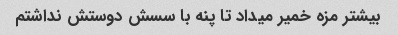
بیشتر مزه خمیر میداد تا پنه با سسش دوستش نداشتم